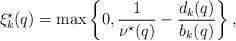
LaTeX: \begin{align*} \xi_k^{\star} (q) = \max \left\{0, \frac{1}{\nu^{\star}(q)} - \frac{d_k (q)}{b_k (q)} \right\}, \end{align*}